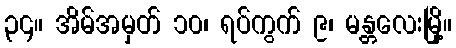
၃၄။ အိမ်အမှတ် ၁၀၊ ရပ်ကွက် ၉၊ မန္တလေးမြို့။